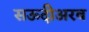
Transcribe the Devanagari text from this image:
सऊदीअरब